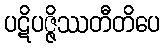
ပဋိပဇ္ဇိဿတီတိပေ